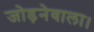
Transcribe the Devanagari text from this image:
जोड़नेवाला।